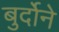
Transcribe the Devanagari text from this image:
बुर्दोने